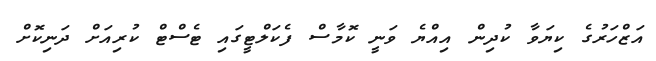
އަޒްހަރުގެ ކިޔަވާ ކުދިން އިއްޔެ ވަނީ ކޮމާސް ފެކަލްޓީގައި ޓެސްޓް ކުރިއަށް ދަނިކޮށް